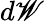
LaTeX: d\mathscr{W}